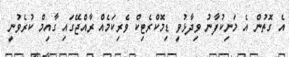
އެ ގޮތުން އެ މަނިކުފާނު ވިދާޅުވީ ޑިމޮކްރެޓިކް ވެރިކަމެއް ރާއްޖޭގައި ގާއިމް ކުރެވުނީ